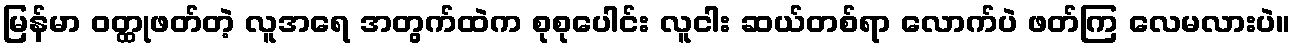
မြန်မာ ဝတ္ထုဖတ်တဲ့ လူအရေ အတွက်ထဲက စုစုပေါင်း လူငါး ဆယ်တစ်ရာ လောက်ပဲ ဖတ်ကြ လေမလားပဲ။